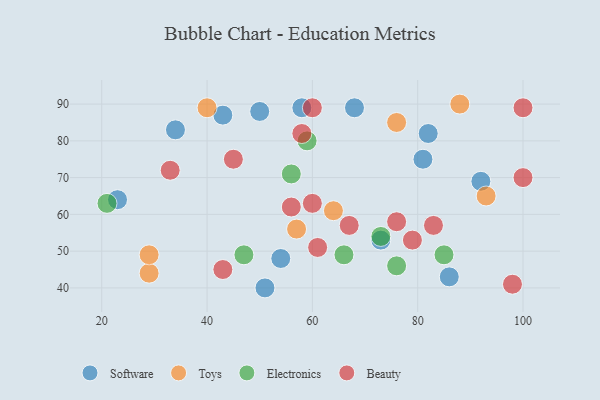
{"axis": {"x": "GDP", "y": "Life Expectancy"}, "legend": ["Beauty", "Electronics", "Software", "Toys"], "data": [{"x": "43", "y": 87, "type": "Software"}, {"x": "50", "y": 88, "type": "Software"}, {"x": "58", "y": 89, "type": "Software"}, {"x": "54", "y": 48, "type": "Software"}, {"x": "51", "y": 40, "type": "Software"}, {"x": "86", "y": 43, "type": "Software"}, {"x": "73", "y": 53, "type": "Software"}, {"x": "34", "y": 83, "type": "Software"}, {"x": "23", "y": 64, "type": "Software"}, {"x": "82", "y": 82, "type": "Software"}, {"x": "92", "y": 69, "type": "Software"}, {"x": "68", "y": 89, "type": "Software"}, {"x": "81", "y": 75, "type": "Software"}, {"x": "76", "y": 85, "type": "Toys"}, {"x": "40", "y": 89, "type": "Toys"}, {"x": "57", "y": 56, "type": "Toys"}, {"x": "64", "y": 61, "type": "Toys"}, {"x": "29", "y": 44, "type": "Toys"}, {"x": "93", "y": 65, "type": "Toys"}, {"x": "29", "y": 49, "type": "Toys"}, {"x": "88", "y": 90, "type": "Toys"}, {"x": "66", "y": 49, "type": "Electronics"}, {"x": "21", "y": 63, "type": "Electronics"}, {"x": "47", "y": 49, "type": "Electronics"}, {"x": "56", "y": 71, "type": "Electronics"}, {"x": "73", "y": 54, "type": "Electronics"}, {"x": "85", "y": 49, "type": "Electronics"}, {"x": "59", "y": 80, "type": "Electronics"}, {"x": "76", "y": 46, "type": "Electronics"}, {"x": "33", "y": 72, "type": "Beauty"}, {"x": "98", "y": 41, "type": "Beauty"}, {"x": "76", "y": 58, "type": "Beauty"}, {"x": "43", "y": 45, "type": "Beauty"}, {"x": "56", "y": 62, "type": "Beauty"}, {"x": "60", "y": 63, "type": "Beauty"}, {"x": "83", "y": 57, "type": "Beauty"}, {"x": "61", "y": 51, "type": "Beauty"}, {"x": "100", "y": 70, "type": "Beauty"}, {"x": "60", "y": 89, "type": "Beauty"}, {"x": "58", "y": 82, "type": "Beauty"}, {"x": "67", "y": 57, "type": "Beauty"}, {"x": "79", "y": 53, "type": "Beauty"}, {"x": "45", "y": 75, "type": "Beauty"}, {"x": "100", "y": 89, "type": "Beauty"}]}